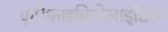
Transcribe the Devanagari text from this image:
एंटीफाइब्रिनोलाइटिक